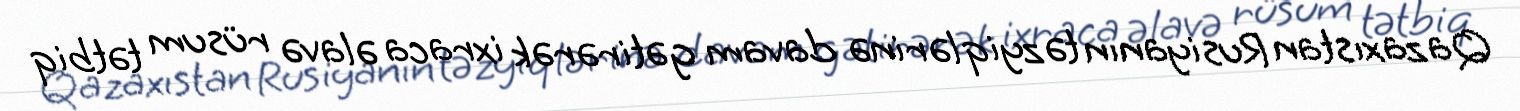
Qazaxıstan Rusiyanın təzyiqlərinə davam gətirərək ixraca əlavə rüsum tətbiq